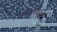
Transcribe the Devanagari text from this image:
एम०वी०ए०